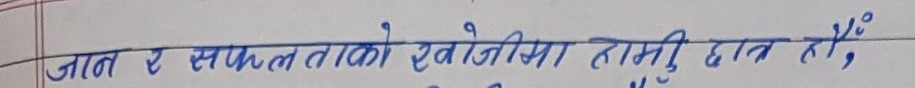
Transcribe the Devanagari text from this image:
ज्ञान र सफलताको खोजिमा हामि छौं,